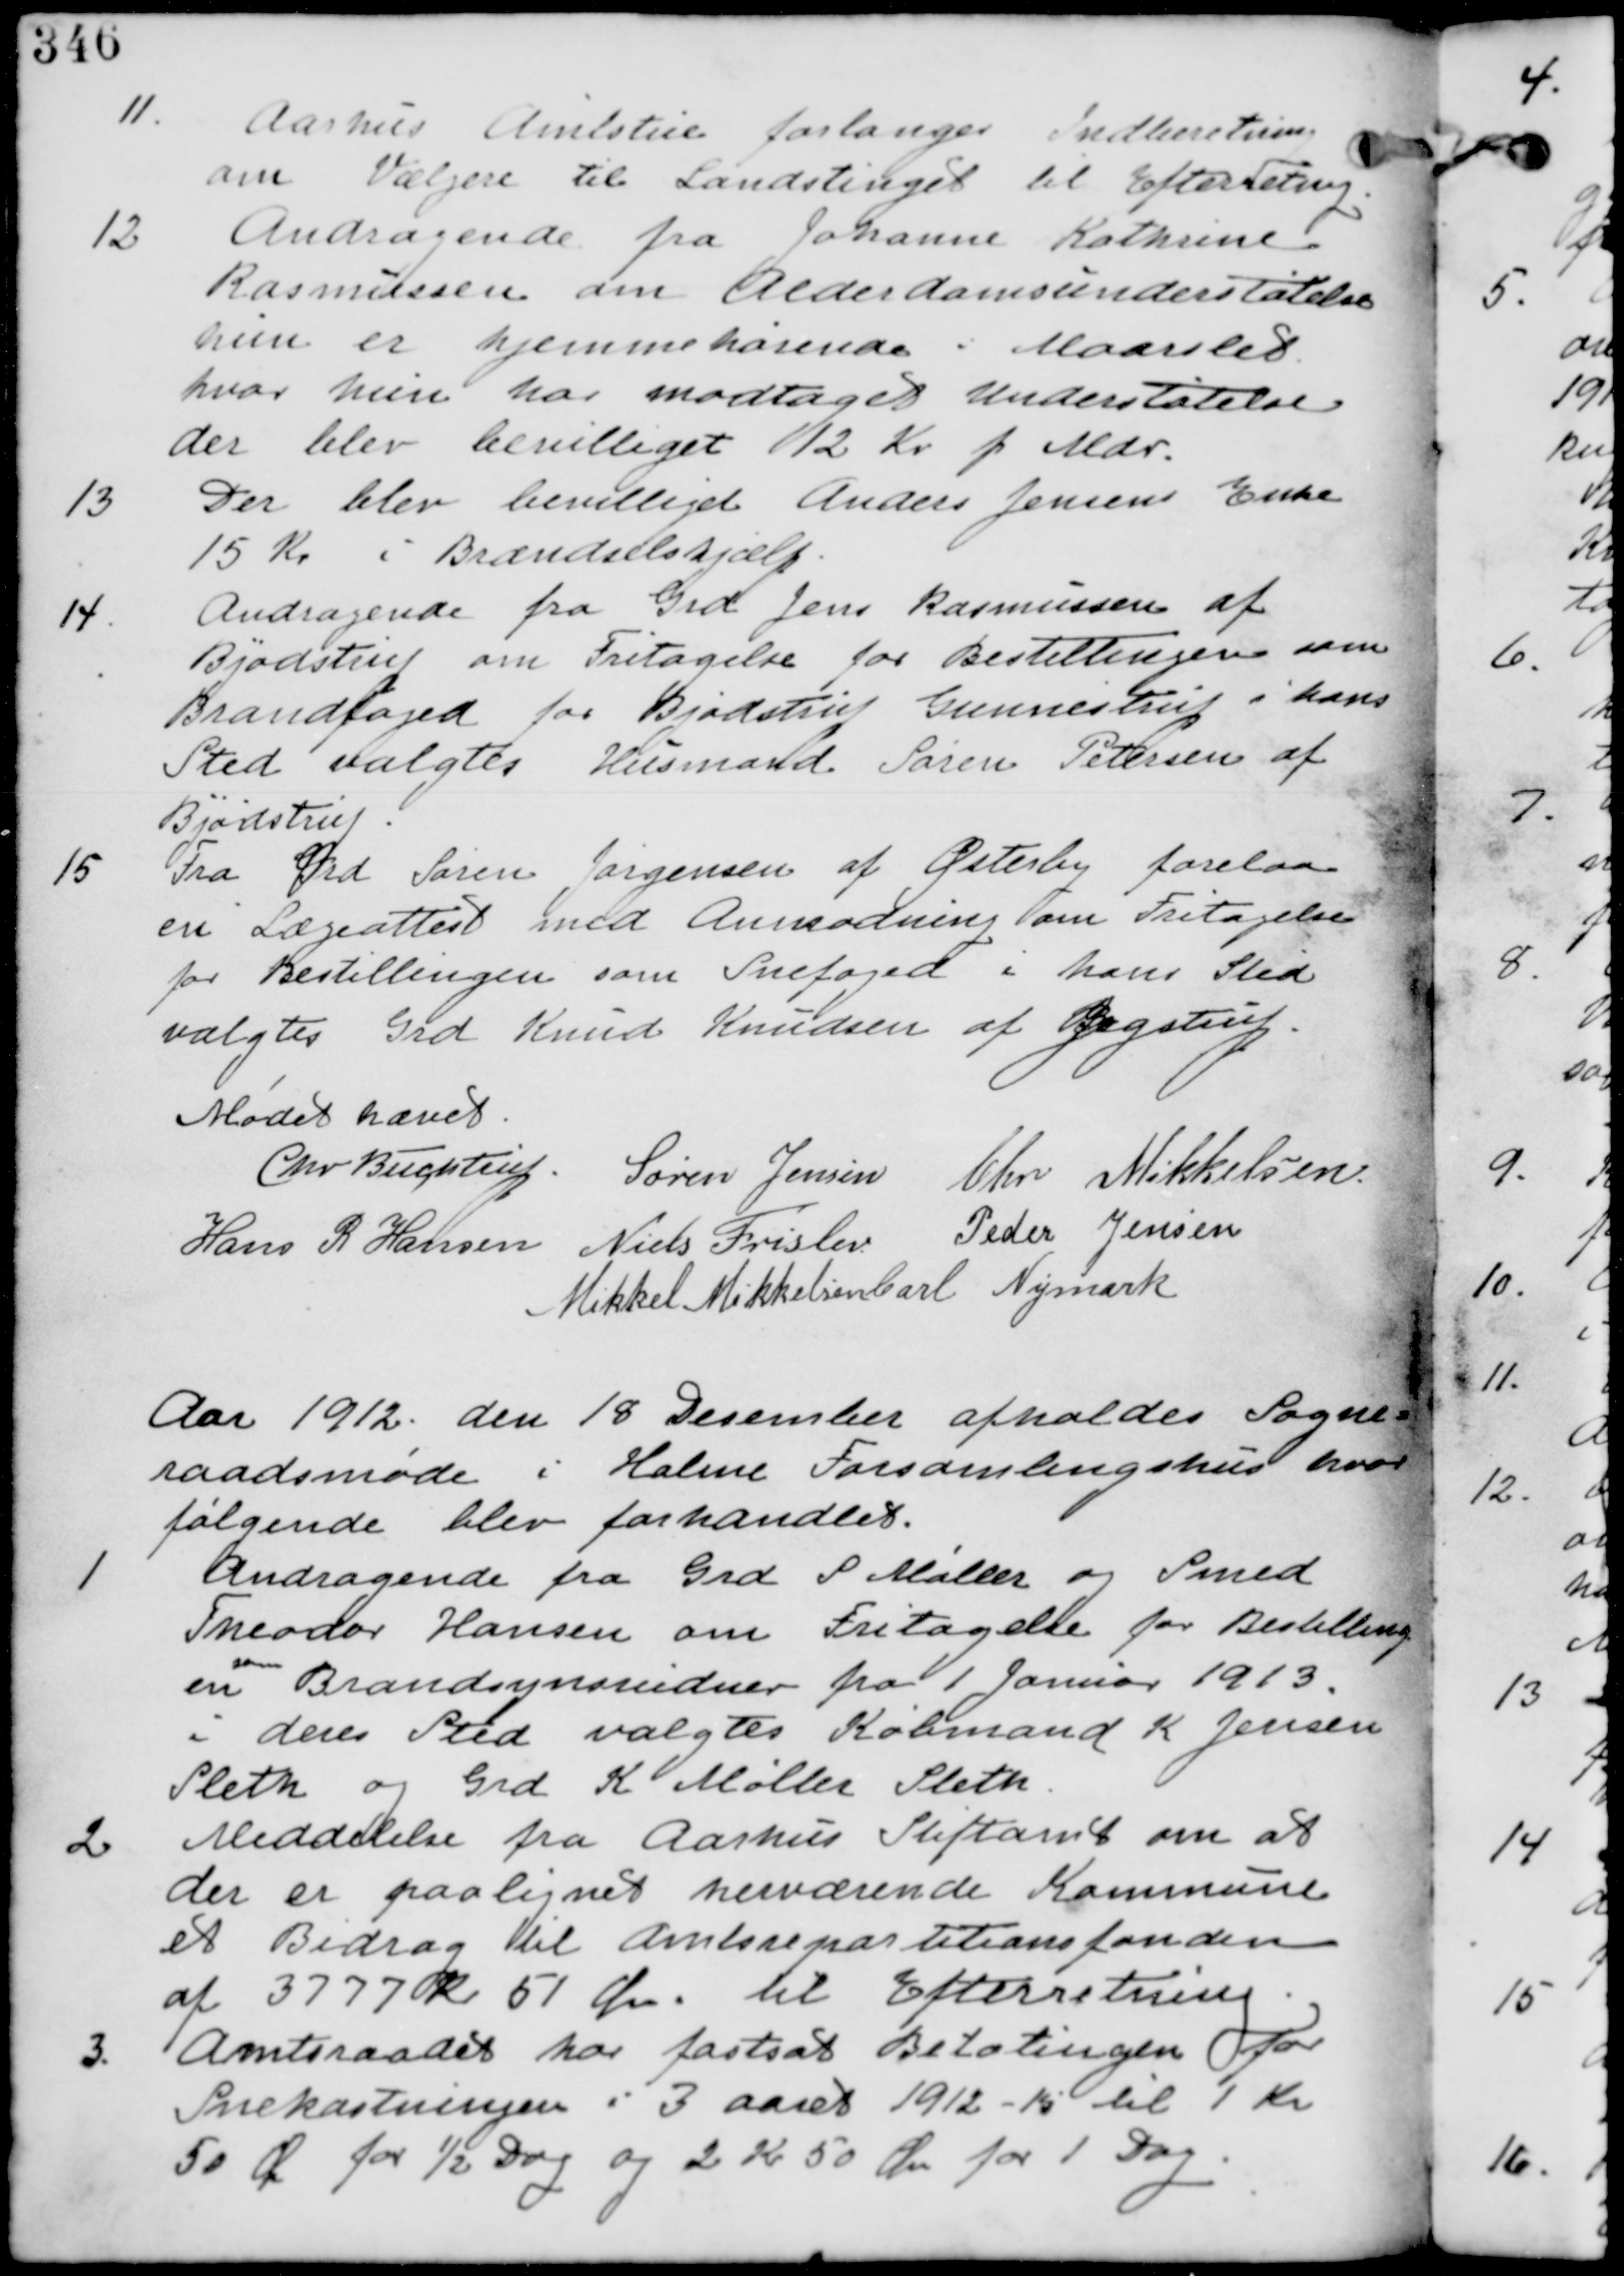
Transskription:
11. Aarhus Amtstue forlanger Indberetning
om Vælgere til Landtinget til Efterretning

12. Andragende fra Johanne Kathrine
Rasmussen om Alderdomsunderstøttelse
hun er hjemmehørende i Maarslet
hvor hun har modtaget Understøttelse
der blev bevilliget 12 Kr p Mdr.

13. Der blev bevilliget Anton Jensens Enke
15 Kr i Brændselshjælp

Andragende fra Grd Jens Rasmussen af
Bjødstrup om Fritagelse for Bestillingen som
Brandfoged for Bjødstrup Gunnestrup i hans
Sted valgtes Husmand Søren Petersen af
Bjødstrup-

15. Fra Grd Søren Jørgensen af Østerby forelaa
en Lægeattest med Anmærkning om Fritagelse
for Bestillingen som Snefoged i hans Sted
valgtes Grd Knud Knudsen af Jegstrup

Mødet hævet

Chr. Buchtrup. Søren Jensen Chr Mikkelsen
Hans R Hansen Niels Frislev Peder Jensen
Mikkel Mikkelsen Carl Nymark

Aar 1912 de 18 December afholdes Sogne-
raadsmøde i Holme Forsamlingshus hvor
følgende blev forhandlet.

1. Andragende fra Grd P Møller og Smed
Theodor Hansen om Fritagelse for Bestilling
en
som
Brandsynsvidner fra 1. Januar 1913.
i deres Sted valgtes Købmand K. Jensen
Sleth og Grd K Møller Sleth.

2. Meddelelse fra Aarhus Stiftamt om at
der er paalignet herværende Kommune
et Bidrag til Amtsrepartitionsfonden
af 3777 Kr 51 Øre til Efterretning

3. Amtsraadet har fastsat Betalingen for
Snekastningen i 3 aaret 1912-15 til 1 Kr
50 Øre for ½ Dag og 2 Kr 50 Øre for 1 Dag